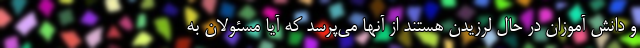
و دانش آموزان در حال لرزیدن هستند از آنها می‌پرسد که آیا مسئولان به